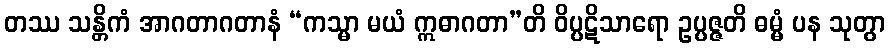
တဿ သန္တိကံ အာဂတာဂတာနံ “ကသ္မာ မယံ ဣဓာဂတာ”တိ ဝိပ္ပဋိသာရော ဥပ္ပဇ္ဇတိ ဓမ္မံ ပန သုတွာ